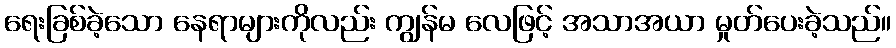
ရေးခြစ်ခဲ့သော နေရာများကိုလည်း ကျွန်မ လေဖြင့် အသာအယာ မှုတ်ပေးခဲ့သည်။